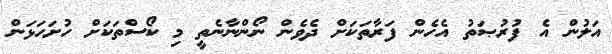
އަލުން އެ ފުރުޞަތު އެހެން ފަރާތަކަށް ދެވެން ނޯންނާނެތީ މި ކޯސްތަކަށް ހުށަހަޅަން